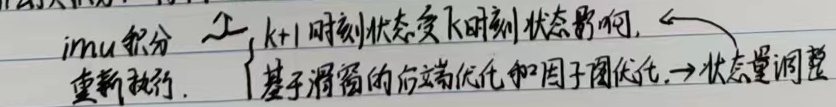
imu积分上，k + 1时刻状态受k时刻状态影响，←重新执行. 「基于滑窗的后端优化和因子图优化，→状态量调整」